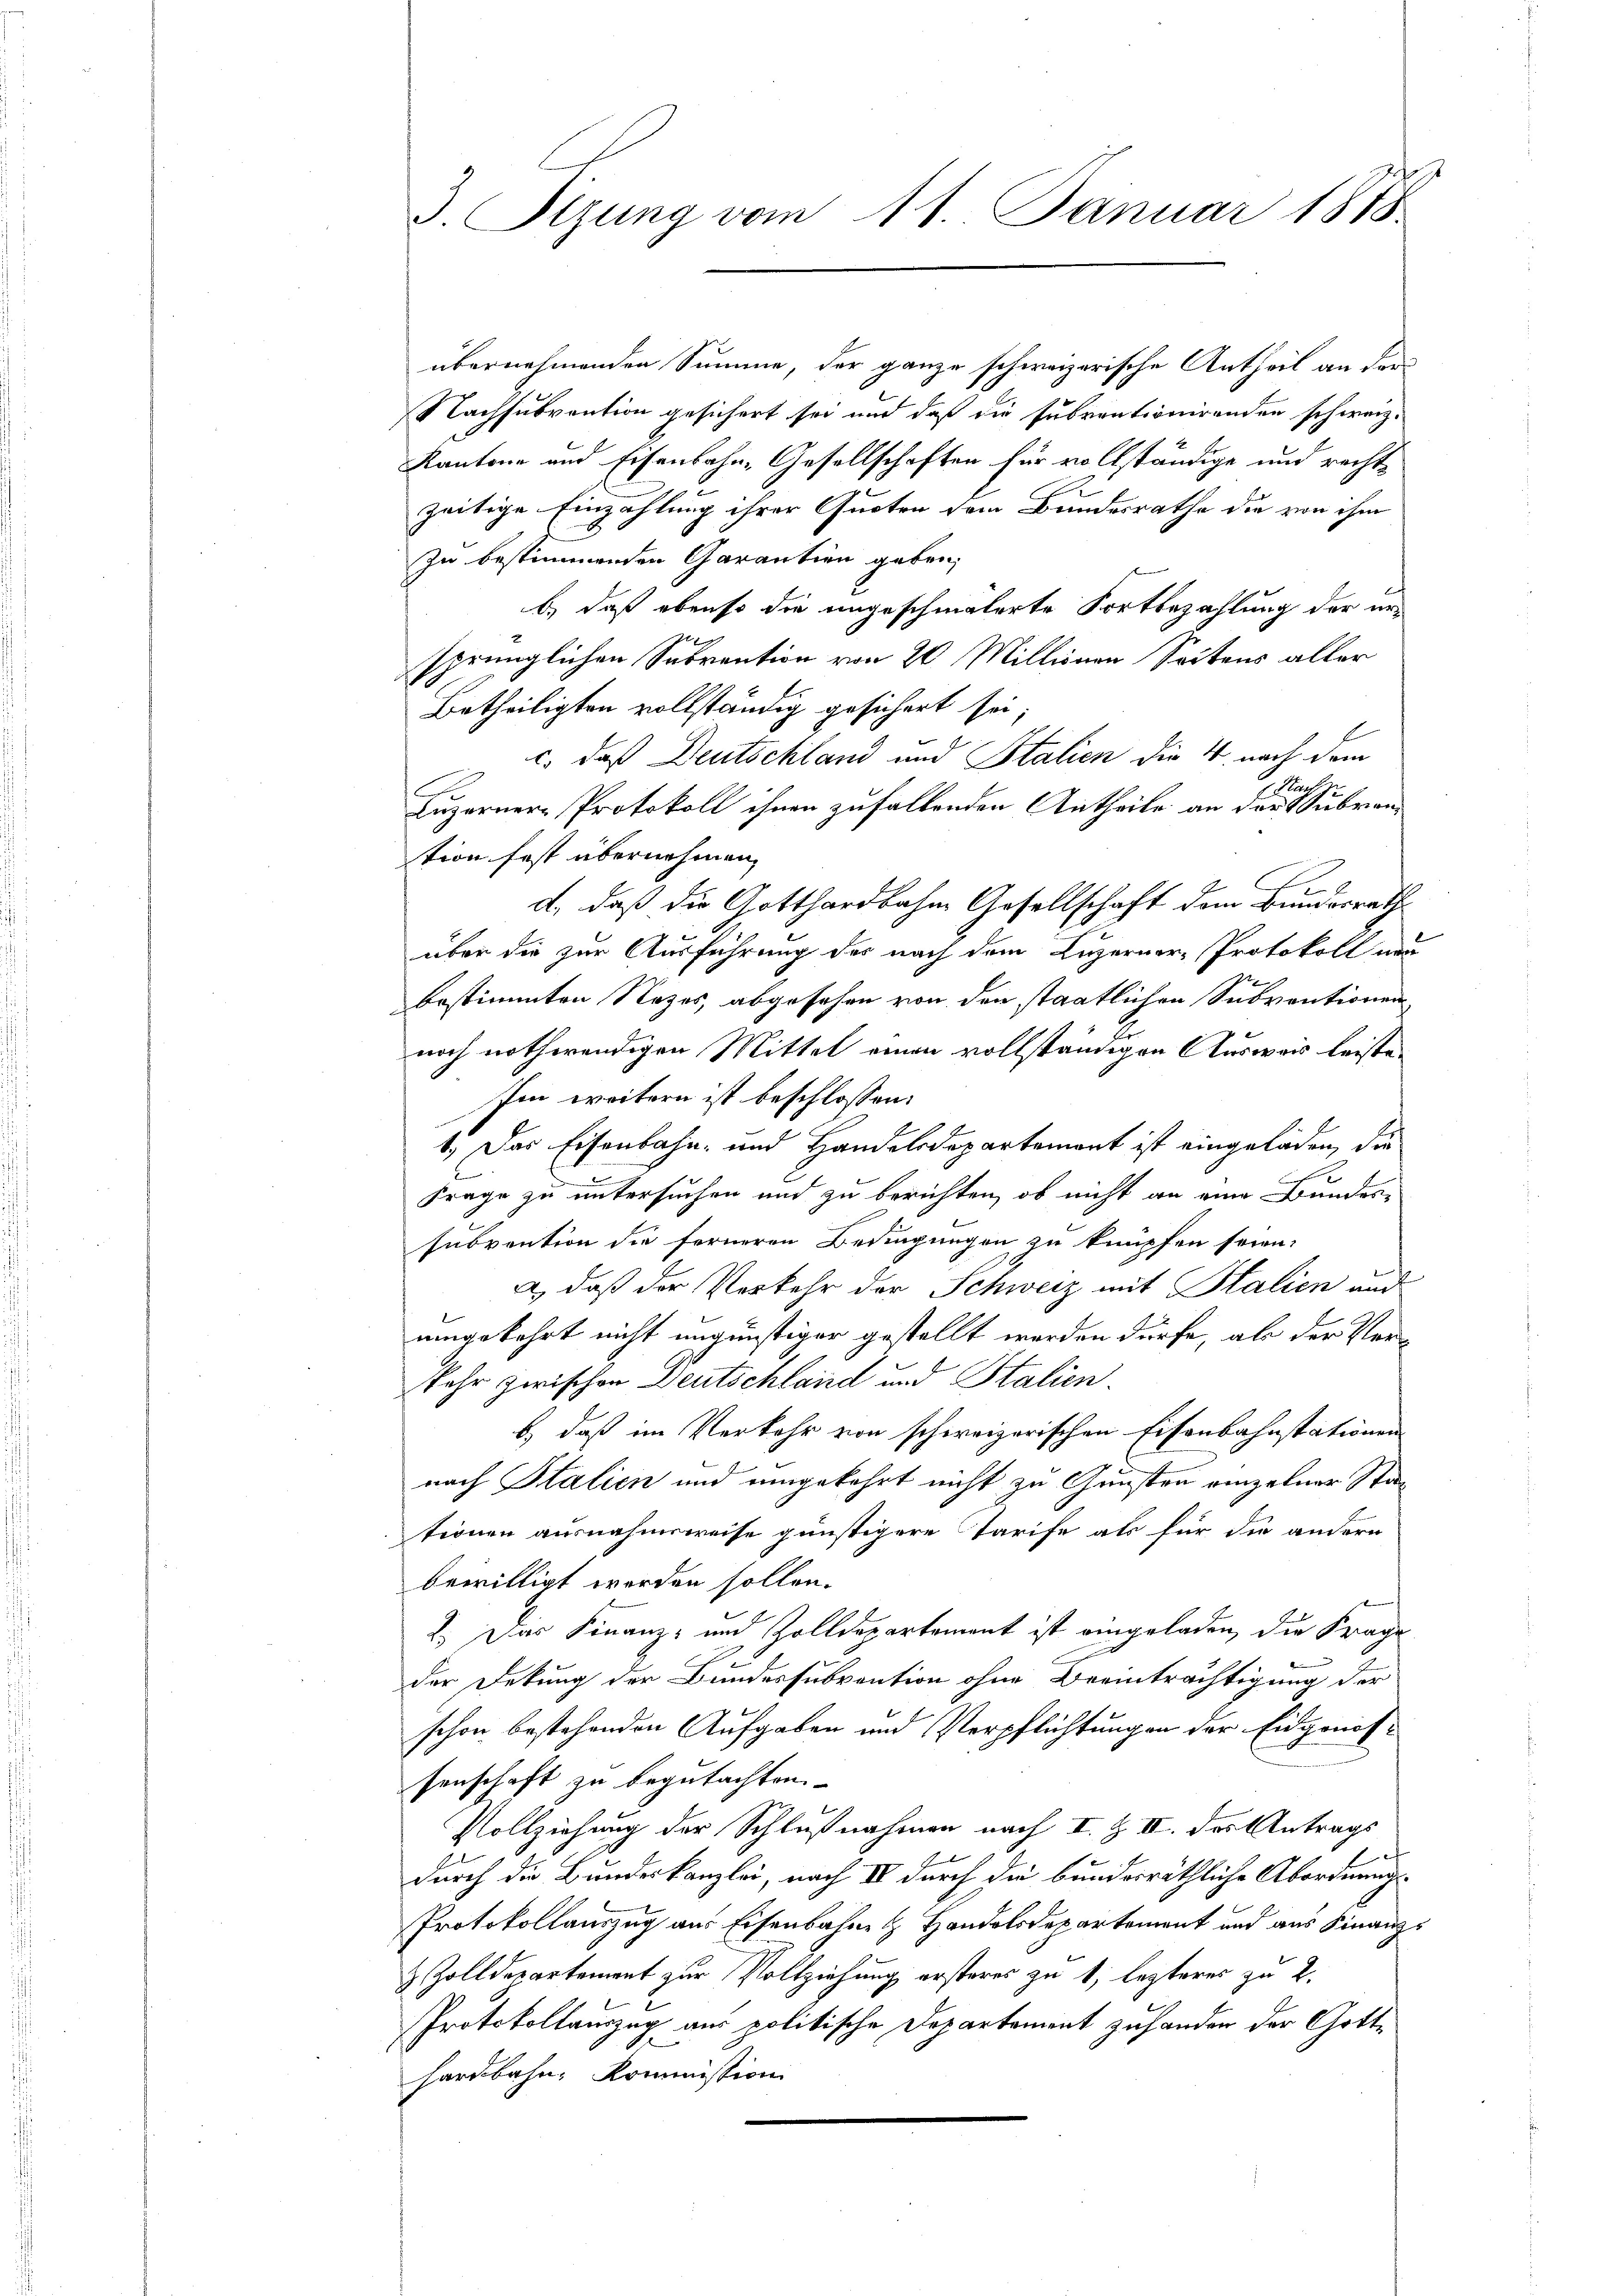
3. Sizung vom 11. Januar 1818.

übernehmenden Summe, der ganze schweizerische Antheil an der
Nachsubvention gesichert sei und daß die Subventionirenden schweiz.
Kantone und Eisenbahn-Gesellschaften für vollständige und rechtzeitige Einzahlung ihrer Quoten dem Bundesrathe die von ihm
zu bestimmenden Garantien geben,
b.) daß ebenso die ungeschmälerte Fortbezahlung der ersprünglichen Subvention von 20 Millionen Seitens aller
Betheiligten vollständig gesichert sei;
c. daß Deutschland und Stalien die 4. nach dem
n
Luzerner-Protokoll ihnen zufallenden Antheile an der Subrantion fest übernehmen,
d, daß die Gotthardbahne Gesellschaft dem Bundesraths
über die zur Ausführung des nach dem Luzerner-Protokoll nun
bestimmten Nazes, abgesehen von den staatlichen Subventionen
noch nothwendigen Mittel einen vollständigen Ausweis leistehin weitern ist beschlossen:
1.) Das Eisenbahn- und Handelsdepartement ist eingeladen, die
Frage zu untersuchen und zu berichten, ob nicht an eine Bundes-
subvention die ferneren Bedingungen zu knüpfen seien.
a.) daß der Verkehr der Schweiz mit Stalien und
umgekehrt nicht ungünstiger gestellt worden dürfe, abe der Verkehr zwischen Deutschland und Stalien.
b, daß im Verkehr von schweizerischen Eisenbahnstationen
nach Italien und umgekehrt nicht zu Gunsten einzelner Stationen ausnahmsweise günstigere Tarife als für die andern
bewilligt werden sollen.
2.) Das Finanz- und Zolldepartement ist eingeladen, die Frage
der Dekung der Bundessubvention ohne Beeinträchtigung der
schon bestehenden Aufgaben und Verpflichtungen der Eidgenossenschaft zu begutachten.
Vollziehung der Schlußnahmen nach I. & II. des Antrags

durch die Bundeskanzlei, nach IV durch die bundesräthliche Abordnung
Protokollauszug aus Eisenbahnen Handelsdepartement und aus Finanz
& Zolldepartement zur Vollziehung ersteres zu 1, lezteres zu 2.
Protokollauszug aus politische Departement zuhanden der Gotte
hardbahn, Kommission